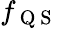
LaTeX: f_{\mathrm{~Q~S~}}